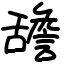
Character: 舚